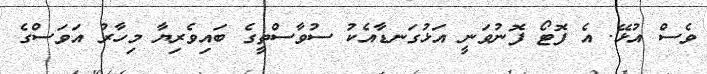
ވެސް އުޅޭ. އެ ފޮޓޯ ފޮނުވަނީ އަޅުގަނޑާއެކު ސުވާސްތީގެ ބައިވެރިޔާ މިހާރު އަވަސްގެ